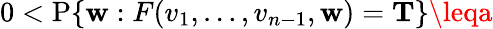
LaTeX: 0<\operatorname{P}\{ \mathbf{w}:F(v_{1},\ldots,v_{n-1},\mathbf{w})=\mathbf{{T}}\} \leqa